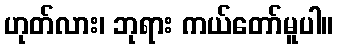
ဟုတ်လား၊ ဘုရား ကယ်တော်မူပါ။